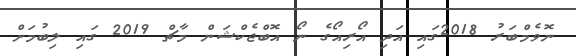
ނޮވެމްބަރު 2018ގައި އަދި އޯރިއޯގެ ނޯ އޮބްޖެކްޝަން މާޗް 2019 ގައި ލިބުމަށް